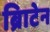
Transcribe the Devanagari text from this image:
ब्रिाटेन